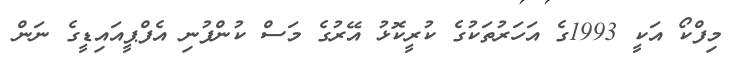
މިފްކޯ އަކީ 1993ގެ އަހަރުތަކުގެ ކުރީކޮޅު އޭރުގެ މަސް ކުންފުނި އެފްޕީއައިޑީގެ ނަން